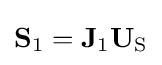
\mathbf {S} _{1}=\mathbf {J} _{1}\mathbf {U} _{\mathrm {S} }